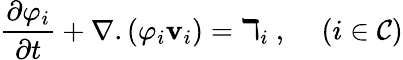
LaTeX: \frac{\partial\varphi_{i}}{\partial t}+\nabla.\left(\varphi_{i}\mathbf{v}_{i}\right)=\daleth_{i}~,~~~~\left(i\in\mathcal{C}\right)